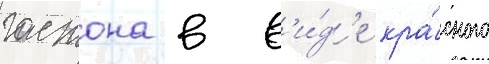
гастона в в'и́д'е кра́сного